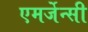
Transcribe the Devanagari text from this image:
एमर्जेन्सी